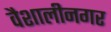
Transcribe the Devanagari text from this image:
वैशालीनगर